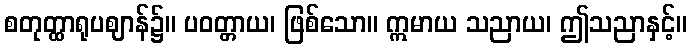
စတုတ္ထာရုပဈာန်၌။ ပဝတ္တာယ၊ ဖြစ်သော။ ဣမာယ သညာယ၊ ဤသညာနှင့်။